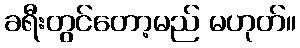
ခရီးတွင်တော့မည် မဟုတ်။